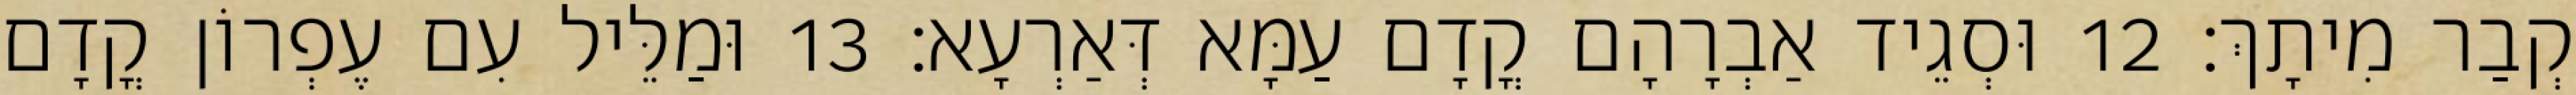
קְבַר מִיתָךְ׃ 12 וּסְגֵיד אַבְרָהָם קֳדָם עַמָּא דְּאַרְעָא׃ 13 וּמַלֵּיל עִם עֶפְרוֹן קֳדָם